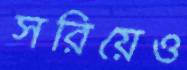
সরিয়েও